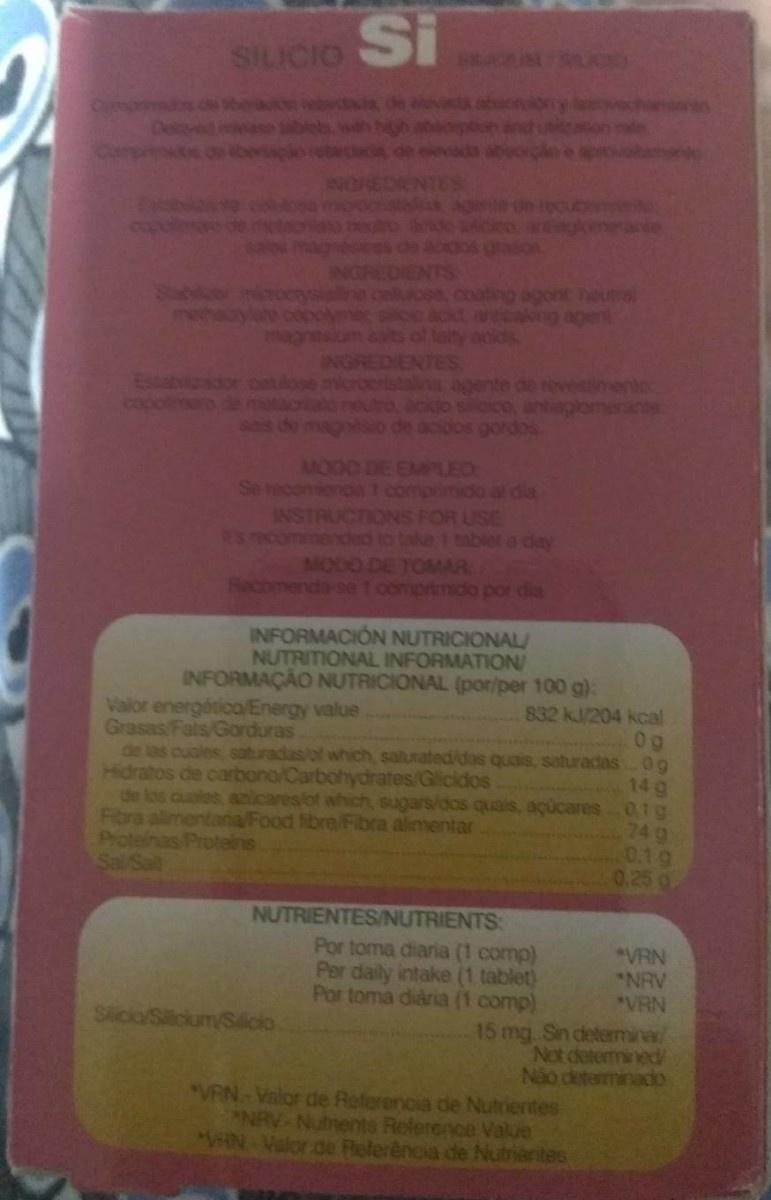
SILICIO S
NTES
kmerane
INGREDIE
Starvleor matoerysiallna cellucee, coating agont heutra mehaoylate copolymer siloc acd anticaking agen siom aats of taty aoids INGREDIENTES
Establador oatose micro
agente de revestinento
copolimero de matacrialo neutro, acido sioco, antiaglomerante sais de magnsio de acidos gordos
MODO DE EMPLEC Se reconienda 7 comprimido a da INSTRUCTIONS FOR USE E5 commendec to take 1 tablet a day MODO DE TOMAR Hecomenda-se t comprimido por dia
INFORMACION NUTRICIONAL/ NUTRITIONAL INFORMATION INFORMAÇÃO NUTRICIONAL (por/per 100 g):
Valor energética/Energy value Grasas Fats/Gorduras de las cuales, saburadas/of which, salurated/das quais, saturadas 0g Hidratos de carbono/Carbohydrates/Glicidos de los cuales, anicares/of which, sugars/dos quais, açucares.01g Fibra alimentania/Food fibre/Fibra alimentar Proteinas Proteins Sai/Salt
832 kJ/204 kcal 0g
14g
74 g 0.1 g 0.25 g
NUTRIENTES/NUTRIENTS:
Por toma diaria (1 comp) Per daily intake (1 tablet) Por toma diária (1 comp)
VRN
NRV *VRN
Sicio/Silicum/Slicio
15 mg Sin determine Not determined/ Não determinado
"VRN Valor de Referencia de Nutrientes NRV Nutnents Relerence Value WHN Valor de Pleferência de Nutrientes